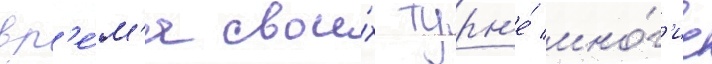
вр'е́м'я свои́х турн'е́ мно́г'ие